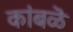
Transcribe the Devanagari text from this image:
कांबळॆ